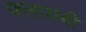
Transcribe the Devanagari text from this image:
फ्लायबी